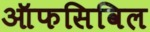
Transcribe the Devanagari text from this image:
ऑफसिविल